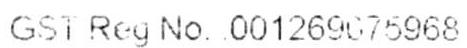
GST REG NO. 001269075968